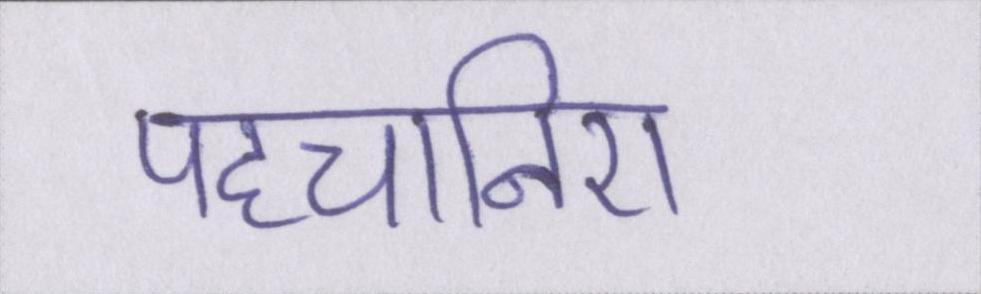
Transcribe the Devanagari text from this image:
पहचानिए